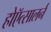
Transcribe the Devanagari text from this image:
होऍत्सालर्न